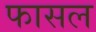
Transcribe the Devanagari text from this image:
फासल